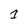
Character: 1